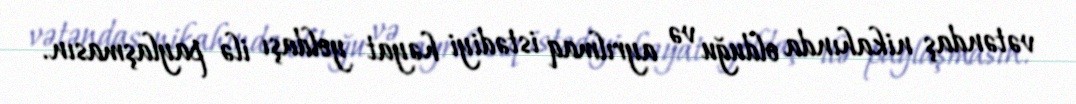
vətəndaş nikahında olduğu və ayrılmaq istədiyi həyat yoldaşı ilə paylaşmasın.